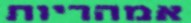
אמהריות